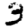
Digit: 3